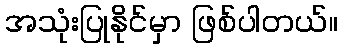
အသုံးပြုနိုင်မှာ ဖြစ်ပါတယ်။